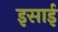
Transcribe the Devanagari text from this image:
इसार्इ